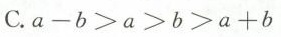
C.$$a - b > a > b > a + b$$